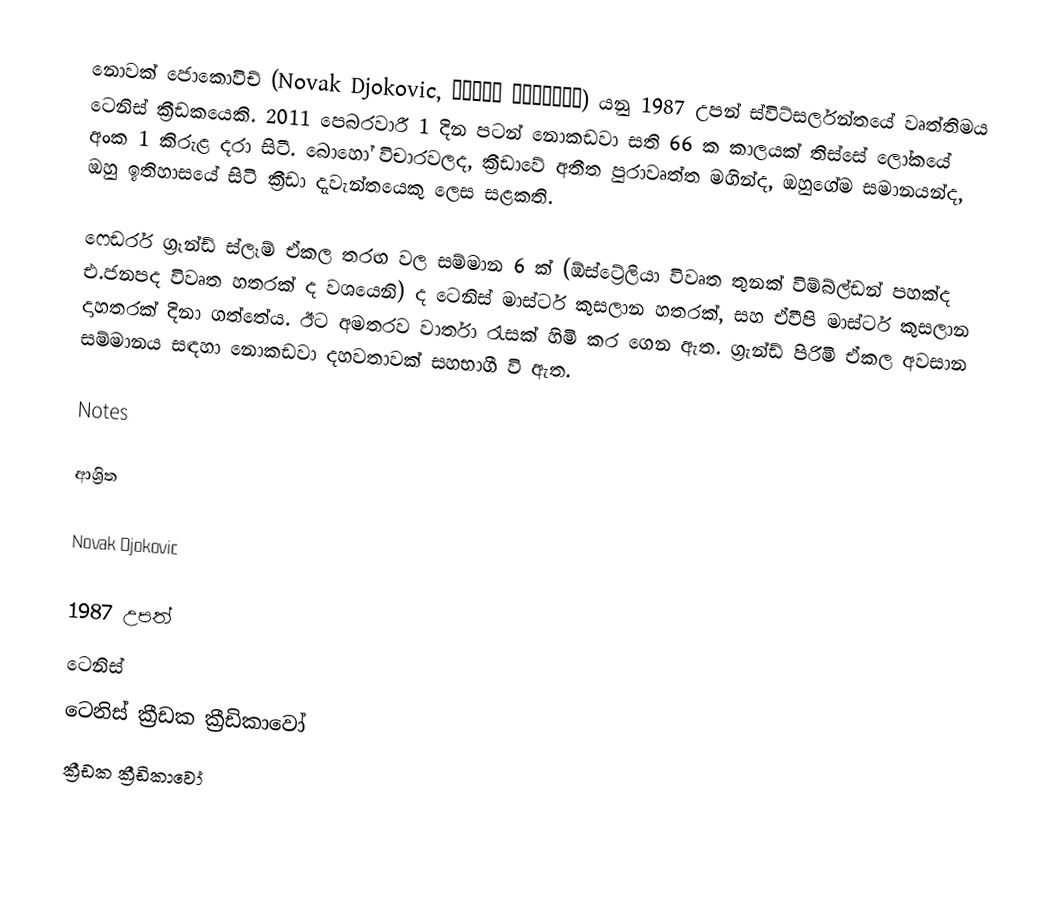
නොවක් ජොකොවිච්  (Novak Djokovic, Новак Ђоковић) යනු 1987 උපන් ස්විට්සර්ලන්තයේ වෘත්තිමය ටෙනිස් ක්‍රීඩකයෙකි. 2011 පෙබරවාරී 1 දින පටන් නොකඩවා සති 66 ක  කාලයක් තිස්සේ ලෝකයේ අංක 1 කිරුළ දරා සිටී. බොහෝ විචාරවලද, ක්‍රීඩාවේ අතීත පුරාවෘත්ත මගින්ද, ඔහුගේම සමානයන්ද, ඔහු ඉතිහාසයේ සිටි ක්‍රීඩා දැවැන්තයෙකු ලෙස සළකති.

ෆෙඩරර් ග්‍රෑන්ඩ් ස්ලෑම් ඒකල තරඟ වල සම්මාන 6 ක් (ඕස්ට්‍රේලියා විවෘත තුනක් විම්බ්ල්ඩන් පහක්ද එ.ජනපද විවෘත හතරක් ද වශයෙනි) ද ටෙනිස් මාස්ටර් කුසලාන හතරක්, සහ ඒවීපි මාස්ටර් කුසලාන දාහතරක් දිනා ගත්තේය. ඊට අමතරව වාර්තා රැසක් හිමි කර ගෙන ඇත. ග්‍රැන්ඩ් පිරිමි ඒකල අවසාන සම්මානය සඳහා නොකඩවා දහවතාවක් සහභාගී වි ඇත.

Notes

ආශ්‍රිත

 Novak Djokovic

1987 උපත්
ටෙනිස්
ටෙනිස් ක්‍රීඩක ක්‍රීඩිකාවෝ
ක්‍රීඩක ක්‍රීඩිකාවෝ